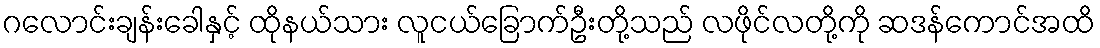
ဂလောင်းချန်းခေါနှင့် ထိုနယ်သား လူငယ်ခြောက်ဦးတို့သည် လဖိုင်လတို့ကို ဆဒန်ကောင်အထိ